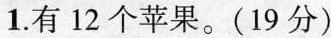
1.有12个苹果。(19分)